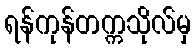
ရန်ကုန်တက္ကသိုလ်မှ